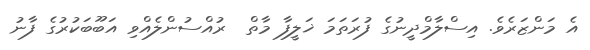
އެ މަންޒަރެވެ. އިސްލާމްދީނުގެ ފުރަތަމަ ޚަލީފާ މާތް  ރުއްސުންލެއްވި އަބޫބަކުރުގެ ފާނު